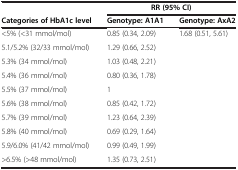
<table><thead><tr><td>[EMPTY_CELL]</td><td colspan="2"><b>RR (95% CI)</b></td></tr><tr><td><b>Categories of HbA1c level</b></td><td><b>Genotype: A1A1</b></td><td><b>Genotype: AxA2</b></td></tr></thead><tbody><tr><td>&lt;5% (&lt;31 mmol/mol)</td><td>0.85 (0.34, 2.09)</td><td>1.68 (0.51, 5.61)</td></tr><tr><td>5.1/5.2% (32/33 mmol/mol)</td><td>1.29 (0.66, 2.52)</td><td>[EMPTY_CELL]</td></tr><tr><td>5.3% (34 mmol/mol)</td><td>1.03 (0.48, 2.21)</td><td>[EMPTY_CELL]</td></tr><tr><td>5.4% (36 mmol/mol)</td><td>0.80 (0.36, 1.78)</td><td>[EMPTY_CELL]</td></tr><tr><td>5.5% (37 mmol/mol)</td><td>1</td><td>[EMPTY_CELL]</td></tr><tr><td>5.6% (38 mmol/mol)</td><td>0.85 (0.42, 1.72)</td><td>[EMPTY_CELL]</td></tr><tr><td>5.7% (39 mmol/mol)</td><td>1.23 (0.64, 2.39)</td><td>[EMPTY_CELL]</td></tr><tr><td>5.8% (40 mmol/mol)</td><td>0.69 (0.29, 1.64)</td><td>[EMPTY_CELL]</td></tr><tr><td>5.9/6.0% (41/42 mmol/mol)</td><td>0.99 (0.49, 1.99)</td><td>[EMPTY_CELL]</td></tr><tr><td>&gt;6.5% (&gt;48 mmol/mol)</td><td>1.35 (0.73, 2.51)</td><td>[EMPTY_CELL]</td></tr></tbody></table>